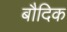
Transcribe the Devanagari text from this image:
बौदिक